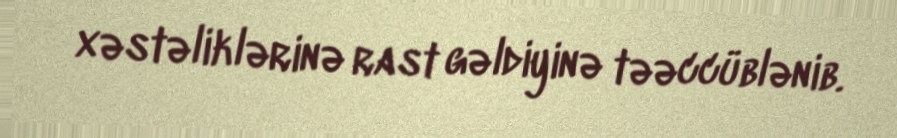
xəstəliklərinə rast gəldiyinə təəccüblənib.